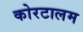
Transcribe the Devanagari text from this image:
कोरटालम